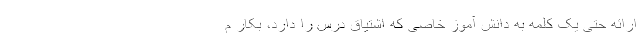
ارائه حتی یک کلمه به دانش آموز خاصی که اشتیاق درس را دارد، بکار م